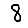
Digit: 8